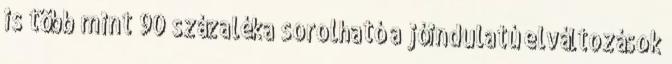
is több mint 90 százaléka sorolható a jóindulatú elváltozások